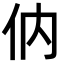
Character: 㐻